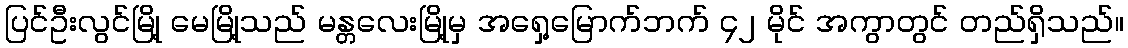
ပြင်ဦးလွင်မြို့ မေမြို့သည် မန္တလေးမြို့မှ အရှေ့မြောက်ဘက် ၄၂ မိုင် အကွာတွင် တည်ရှိသည်။